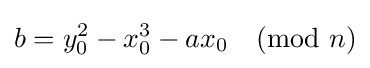
b=y_{0}^{2}-x_{0}^{3}-ax_{0}{\pmod {n}}